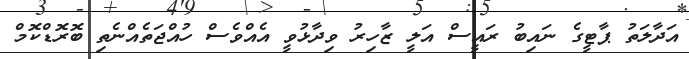
އަދާލަތު ޕާޓީގެ ނައިބު ރައީސް އަލީ ޒާހިރު ވިދާޅުވީ އެއްވެސް ހުއްޖަތެއްނެތި ބޮރޮޑްކޮމް